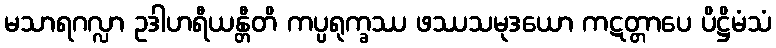
မသာရဂလ္လာ ဥဒါဟရီယန္တီတိ ကပ္ပရုက္ခဿ ဖဿသမုဒယော ကဋတ္တာပေ ပိဋ္ဌိမံသံ